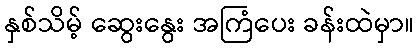
နှစ်သိမ့် ဆွေးနွေး အကြံပေး ခန်းထဲမှာ။